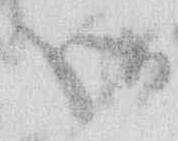
御